Annual report of the Central Committee of the Association together with the report of the directors of the Pasteur Institute at Kasauli
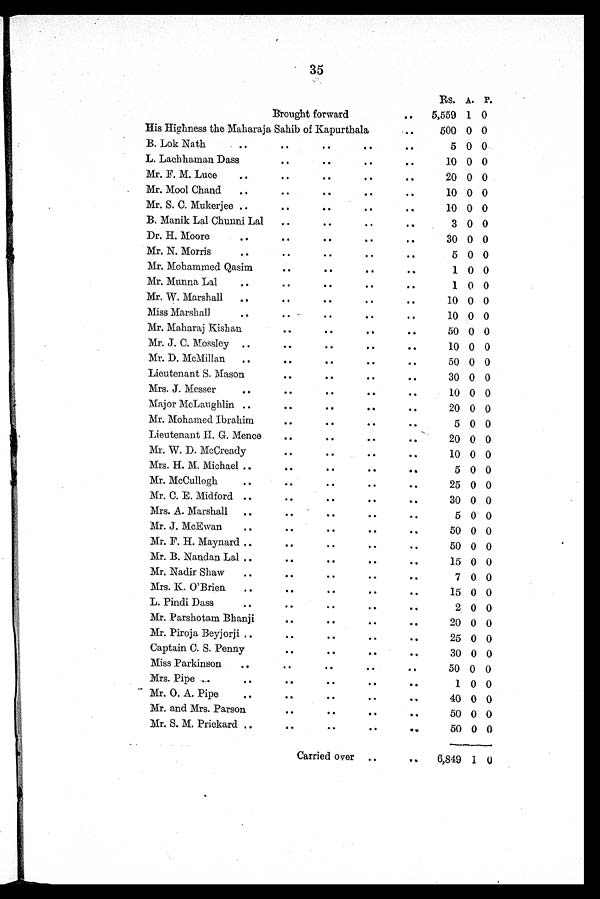
35
Rs.
A. P.
Brought forward
. .
5,559
1 0
His Highness the Maharaja Sahib of Kapurthala
. .
500
0 0
B. Lok Nath
..
..
..
..
..
5
0 0
L. Lachhaman Dass
..
..
..
..
10
0 0
Mr. F. M. Luce
..
..
..
..
..
20 0 0
Mr. Mool Chand
..
..
..
..
..
10 0 0
Mr. S. C. Mukerjee ..
..
..
..
..
10 0 0
B. Manik Lal Chunni Lal ..
..
..
..
3 0 0
Dr. H. Moore ..
..
..
..
..
30 0 0
Mr. N. Morris
..
..
..
..
..
5 0 0
Mr. Mohammed Qasim
..
..
..
..
1
0
0
Mr. Munna Lal
..
..
..
..
..
1 0 0
Mr. W. Marshall
..
..
..
..
..
10 0 0
Miss Marshall
..
..
..
..
..
10 0 0
Mr. Maharaj Kishan
..
..
..
..
50 0 0
Mr. J. C. Mossley ..
..
..
..
..
10 0 0
Mr. D. McMillan
..
..
..
..
..
50 0 0
Lieutenant S. Mason
..
..
..
..
30 0 0
Mrs. J. Messer
..
..
..
..
..
10 0 0
Major McLaughlin ..
..
..
..
..
20 0 0
Mr. Mohamed Ibrahim
..
..
..
..
5 0 0
Lieutenant H. G. Mence
..
..
..
..
20 0 0
Mr. W. D. McCready
..
..
..
..
10 0 0
Mrs. H. M. Michael ..
..
..
..
..
5 0 0
Mr. McCullogh
..
..
..
..
..
25 0 0
Mr. C. E. Midford ..
..
..
..
..
30 0 0
Mrs. A. Marshall
..
..
..
..
..
5 0 0
Mr. J. McEwan
..
..
..
..
..
50 0 0
Mr. F. H. Maynard ..
..
..
..
..
50 0 0
Mr. B. Nandan Lal ..
..
..
..
..
15
0 0
Mr. Nadir Shaw
..
..
..
..
..
7
0 0
Mrs. K.O'Brien
..
..
..
..
..
15
0 0
L. Pindi Dass
..
..
..
..
..
2
0 0
Mr. Parshotam Bhanji
..
..
..
..
20
0 0
Mr. Piroja Beyjorji ..
..
..
..
..
25
0 0
Captain C. S. Penny
..
..
..
..
30
0 0
Miss Parkinson
..
..
..
..
..
50
0 0
Mrs. Pipe
..
..
..
..
..
..
1
0 0
Mr. O.A. Pipe
..
..
..
..
..
40
0 0
Mr. and Mrs. Parson
..
..
..
..
50
0 0
Mr. S. M. Prickard ..
..
..
..
..
50
0 0
Carried over ..
..
6,849 1
0